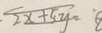
2 x + 5 y = 8